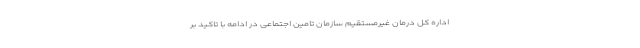
اداره کل درمان غیرمستقیم سازمان تامین اجتماعی در ادامه با تاکید بر